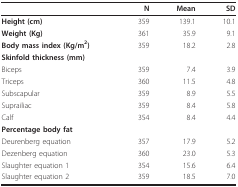
<table><thead><tr><td></td><td><b>N</b></td><td><b>Mean</b></td><td><b>SD</b></td></tr></thead><tbody><tr><td><b>Height (cm)</b></td><td>359</td><td>139.1</td><td>10.1</td></tr><tr><td><b>Weight (Kg)</b></td><td>361</td><td>35.9</td><td>9.1</td></tr><tr><td><b>Body mass index (Kg/m<sup>2</sup>)</b></td><td>359</td><td>18.2</td><td>2.8</td></tr><tr><td><b>Skinfold thickness (mm)</b></td><td></td><td></td><td></td></tr><tr><td>Biceps</td><td>359</td><td>7.4</td><td>3.9</td></tr><tr><td>Triceps</td><td>360</td><td>11.5</td><td>4.8</td></tr><tr><td>Subscapular</td><td>359</td><td>8.9</td><td>5.5</td></tr><tr><td>Suprailiac</td><td>359</td><td>8.4</td><td>5.8</td></tr><tr><td>Calf</td><td>354</td><td>8.4</td><td>4.4</td></tr><tr><td><b>Percentage body fat</b></td><td></td><td></td><td></td></tr><tr><td>Deurenberg equation</td><td>357</td><td>17.9</td><td>5.2</td></tr><tr><td>Dezenberg equation</td><td>360</td><td>23.0</td><td>5.3</td></tr><tr><td>Slaughter equation 1</td><td>354</td><td>15.6</td><td>6.4</td></tr><tr><td>Slaughter equation 2</td><td>359</td><td>18.5</td><td>7.0</td></tr></tbody></table>